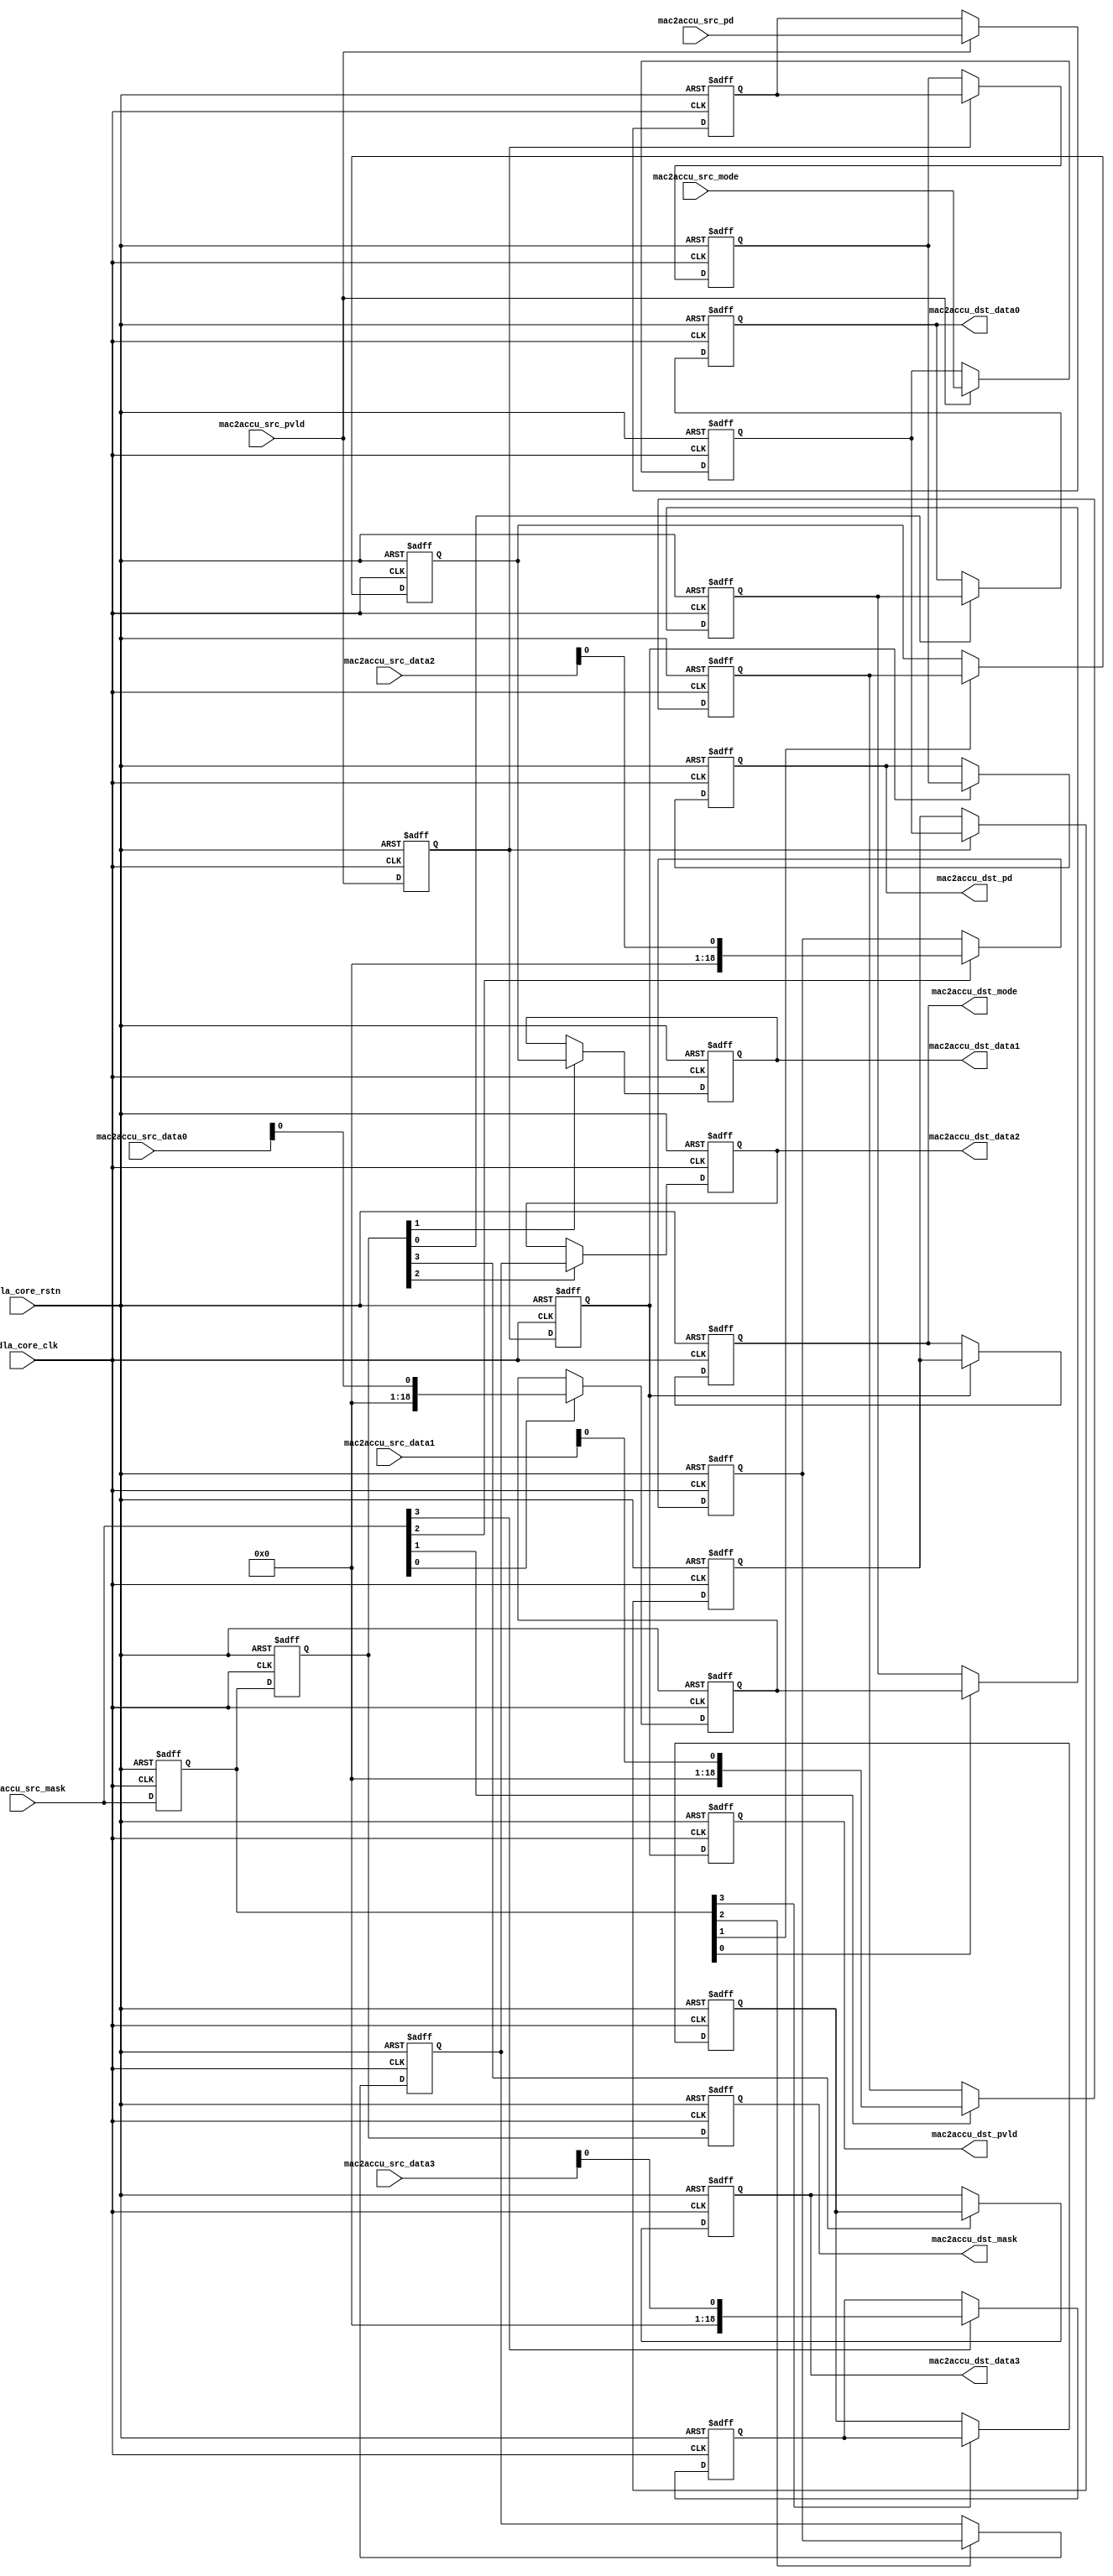
// ================================================================
// NVDLA Open Source Project
//
// Copyright(c) 2016 - 2017 NVIDIA Corporation. Licensed under the
// NVDLA Open Hardware License; Check "LICENSE" which comes with
// this distribution for more information.
// ================================================================
// ================================================================
// NVDLA Open Source Project
// 
// Copyright(c) 2016 - 2017 NVIDIA Corporation.  Licensed under the
// NVDLA Open Hardware License; Check "LICENSE" which comes with 
// this distribution for more information.
// ================================================================
`define DESIGNWARE_NOEXIST 1
module NV_NVDLA_RT_cmac_b2cacc (
   nvdla_core_clk
  ,nvdla_core_rstn
  ,mac2accu_src_pvld
  ,mac2accu_src_mask
  ,mac2accu_src_mode
//: for(my $i=0; $i<8/2; $i++){
//: print qq(
//: ,mac2accu_src_data${i} )
//: }
//| eperl: generated_beg (DO NOT EDIT BELOW)

,mac2accu_src_data0 
,mac2accu_src_data1 
,mac2accu_src_data2 
,mac2accu_src_data3 
//| eperl: generated_end (DO NOT EDIT ABOVE)
  ,mac2accu_src_pd
  ,mac2accu_dst_pvld
  ,mac2accu_dst_mask
  ,mac2accu_dst_mode
//: for(my $i=0; $i<8/2; $i++){
//: print qq(
//: ,mac2accu_dst_data${i} )
//: }
//| eperl: generated_beg (DO NOT EDIT BELOW)

,mac2accu_dst_data0 
,mac2accu_dst_data1 
,mac2accu_dst_data2 
,mac2accu_dst_data3 
//| eperl: generated_end (DO NOT EDIT ABOVE)
  ,mac2accu_dst_pd
  );
input nvdla_core_clk;
input nvdla_core_rstn;
input mac2accu_src_pvld; /* data valid */
input [8/2 -1:0] mac2accu_src_mask;
input mac2accu_src_mode;
//: for(my $i=0; $i<8/2; $i++){
//: print qq(
//: input [19 -1:0] mac2accu_src_data${i}; )
//: }
//| eperl: generated_beg (DO NOT EDIT BELOW)

input [19 -1:0] mac2accu_src_data0; 
input [19 -1:0] mac2accu_src_data1; 
input [19 -1:0] mac2accu_src_data2; 
input [19 -1:0] mac2accu_src_data3; 
//| eperl: generated_end (DO NOT EDIT ABOVE)
input [8:0] mac2accu_src_pd;
output mac2accu_dst_pvld; /* data valid */
output [8/2 -1:0] mac2accu_dst_mask;
output mac2accu_dst_mode;
//: for(my $i=0; $i<8/2; $i++){
//: print qq(
//: output [19 -1:0] mac2accu_dst_data${i}; )
//: }
//| eperl: generated_beg (DO NOT EDIT BELOW)

output [19 -1:0] mac2accu_dst_data0; 
output [19 -1:0] mac2accu_dst_data1; 
output [19 -1:0] mac2accu_dst_data2; 
output [19 -1:0] mac2accu_dst_data3; 
//| eperl: generated_end (DO NOT EDIT ABOVE)
output [8:0] mac2accu_dst_pd;
wire mac2accu_pvld_d0 = mac2accu_src_pvld;
wire [8:0] mac2accu_pd_d0 = mac2accu_src_pd;
wire [8/2 -1:0] mac2accu_mask_d0 = mac2accu_src_mask;
wire mac2accu_mode_d0 = mac2accu_src_mode;
//: my $delay = 3;
//: my $i;
//: my $j;
//: my $k;
//: my $kk=8/2;
//: my $jj=19;
//: for($k = 0; $k <8/2; $k ++) {
//: print "assign mac2accu_data${k}_d0 = mac2accu_src_data${k};\n";
//: }
//:
//: for($i = 0; $i < $delay; $i ++) {
//: $j = $i + 1;
//: &eperl::flop("-q mac2accu_pvld_d${j} -d mac2accu_pvld_d${i}");
//: &eperl::flop("-wid 9 -q mac2accu_pd_d${j} -en mac2accu_pvld_d${i} -d  mac2accu_pd_d${i}");
//: &eperl::flop("-q mac2accu_mode_d${j} -en mac2accu_pvld_d${i} -d  mac2accu_mode_d${i}");
//: &eperl::flop("-wid ${kk} -q mac2accu_mask_d${j} -d mac2accu_mask_d${i}");
//: for($k = 0; $k < 8/2; $k ++) {
//: &eperl::flop("-wid ${jj} -q mac2accu_data${k}_d${j} -en mac2accu_mask_d${i}[${k}] -d  mac2accu_data${k}_d${i}");
//: }
//: }
//:
//: $i = $delay;
//: print "assign mac2accu_dst_pvld = mac2accu_pvld_d${i};\n";
//: print "assign mac2accu_dst_pd = mac2accu_pd_d${i};\n";
//: print "assign mac2accu_dst_mask = mac2accu_mask_d${i};\n";
//: print "assign mac2accu_dst_mode = mac2accu_mode_d${i};\n";
//: for($k = 0; $k <8/2; $k ++) {
//: print "assign mac2accu_dst_data${k} = mac2accu_data${k}_d${i};\n";
//: }
//| eperl: generated_beg (DO NOT EDIT BELOW)
assign mac2accu_data0_d0 = mac2accu_src_data0;
assign mac2accu_data1_d0 = mac2accu_src_data1;
assign mac2accu_data2_d0 = mac2accu_src_data2;
assign mac2accu_data3_d0 = mac2accu_src_data3;
reg  mac2accu_pvld_d1;
always @(posedge nvdla_core_clk or negedge nvdla_core_rstn) begin
   if (!nvdla_core_rstn) begin
       mac2accu_pvld_d1 <= 'b0;
   end else begin
       mac2accu_pvld_d1 <= mac2accu_pvld_d0;
   end
end
reg [8:0] mac2accu_pd_d1;
always @(posedge nvdla_core_clk or negedge nvdla_core_rstn) begin
   if (!nvdla_core_rstn) begin
       mac2accu_pd_d1 <= 'b0;
   end else begin
       if ((mac2accu_pvld_d0) == 1'b1) begin
           mac2accu_pd_d1 <= mac2accu_pd_d0;
       // VCS coverage off
       end else if ((mac2accu_pvld_d0) == 1'b0) begin
       end else begin
           mac2accu_pd_d1 <= 'bx;
       // VCS coverage on
       end
   end
end
reg  mac2accu_mode_d1;
always @(posedge nvdla_core_clk or negedge nvdla_core_rstn) begin
   if (!nvdla_core_rstn) begin
       mac2accu_mode_d1 <= 'b0;
   end else begin
       if ((mac2accu_pvld_d0) == 1'b1) begin
           mac2accu_mode_d1 <= mac2accu_mode_d0;
       // VCS coverage off
       end else if ((mac2accu_pvld_d0) == 1'b0) begin
       end else begin
           mac2accu_mode_d1 <= 'bx;
       // VCS coverage on
       end
   end
end
reg [3:0] mac2accu_mask_d1;
always @(posedge nvdla_core_clk or negedge nvdla_core_rstn) begin
   if (!nvdla_core_rstn) begin
       mac2accu_mask_d1 <= 'b0;
   end else begin
       mac2accu_mask_d1 <= mac2accu_mask_d0;
   end
end
reg [18:0] mac2accu_data0_d1;
always @(posedge nvdla_core_clk or negedge nvdla_core_rstn) begin
   if (!nvdla_core_rstn) begin
       mac2accu_data0_d1 <= 'b0;
   end else begin
       if ((mac2accu_mask_d0[0]) == 1'b1) begin
           mac2accu_data0_d1 <= mac2accu_data0_d0;
       // VCS coverage off
       end else if ((mac2accu_mask_d0[0]) == 1'b0) begin
       end else begin
           mac2accu_data0_d1 <= 'bx;
       // VCS coverage on
       end
   end
end
reg [18:0] mac2accu_data1_d1;
always @(posedge nvdla_core_clk or negedge nvdla_core_rstn) begin
   if (!nvdla_core_rstn) begin
       mac2accu_data1_d1 <= 'b0;
   end else begin
       if ((mac2accu_mask_d0[1]) == 1'b1) begin
           mac2accu_data1_d1 <= mac2accu_data1_d0;
       // VCS coverage off
       end else if ((mac2accu_mask_d0[1]) == 1'b0) begin
       end else begin
           mac2accu_data1_d1 <= 'bx;
       // VCS coverage on
       end
   end
end
reg [18:0] mac2accu_data2_d1;
always @(posedge nvdla_core_clk or negedge nvdla_core_rstn) begin
   if (!nvdla_core_rstn) begin
       mac2accu_data2_d1 <= 'b0;
   end else begin
       if ((mac2accu_mask_d0[2]) == 1'b1) begin
           mac2accu_data2_d1 <= mac2accu_data2_d0;
       // VCS coverage off
       end else if ((mac2accu_mask_d0[2]) == 1'b0) begin
       end else begin
           mac2accu_data2_d1 <= 'bx;
       // VCS coverage on
       end
   end
end
reg [18:0] mac2accu_data3_d1;
always @(posedge nvdla_core_clk or negedge nvdla_core_rstn) begin
   if (!nvdla_core_rstn) begin
       mac2accu_data3_d1 <= 'b0;
   end else begin
       if ((mac2accu_mask_d0[3]) == 1'b1) begin
           mac2accu_data3_d1 <= mac2accu_data3_d0;
       // VCS coverage off
       end else if ((mac2accu_mask_d0[3]) == 1'b0) begin
       end else begin
           mac2accu_data3_d1 <= 'bx;
       // VCS coverage on
       end
   end
end
reg  mac2accu_pvld_d2;
always @(posedge nvdla_core_clk or negedge nvdla_core_rstn) begin
   if (!nvdla_core_rstn) begin
       mac2accu_pvld_d2 <= 'b0;
   end else begin
       mac2accu_pvld_d2 <= mac2accu_pvld_d1;
   end
end
reg [8:0] mac2accu_pd_d2;
always @(posedge nvdla_core_clk or negedge nvdla_core_rstn) begin
   if (!nvdla_core_rstn) begin
       mac2accu_pd_d2 <= 'b0;
   end else begin
       if ((mac2accu_pvld_d1) == 1'b1) begin
           mac2accu_pd_d2 <= mac2accu_pd_d1;
       // VCS coverage off
       end else if ((mac2accu_pvld_d1) == 1'b0) begin
       end else begin
           mac2accu_pd_d2 <= 'bx;
       // VCS coverage on
       end
   end
end
reg  mac2accu_mode_d2;
always @(posedge nvdla_core_clk or negedge nvdla_core_rstn) begin
   if (!nvdla_core_rstn) begin
       mac2accu_mode_d2 <= 'b0;
   end else begin
       if ((mac2accu_pvld_d1) == 1'b1) begin
           mac2accu_mode_d2 <= mac2accu_mode_d1;
       // VCS coverage off
       end else if ((mac2accu_pvld_d1) == 1'b0) begin
       end else begin
           mac2accu_mode_d2 <= 'bx;
       // VCS coverage on
       end
   end
end
reg [3:0] mac2accu_mask_d2;
always @(posedge nvdla_core_clk or negedge nvdla_core_rstn) begin
   if (!nvdla_core_rstn) begin
       mac2accu_mask_d2 <= 'b0;
   end else begin
       mac2accu_mask_d2 <= mac2accu_mask_d1;
   end
end
reg [18:0] mac2accu_data0_d2;
always @(posedge nvdla_core_clk or negedge nvdla_core_rstn) begin
   if (!nvdla_core_rstn) begin
       mac2accu_data0_d2 <= 'b0;
   end else begin
       if ((mac2accu_mask_d1[0]) == 1'b1) begin
           mac2accu_data0_d2 <= mac2accu_data0_d1;
       // VCS coverage off
       end else if ((mac2accu_mask_d1[0]) == 1'b0) begin
       end else begin
           mac2accu_data0_d2 <= 'bx;
       // VCS coverage on
       end
   end
end
reg [18:0] mac2accu_data1_d2;
always @(posedge nvdla_core_clk or negedge nvdla_core_rstn) begin
   if (!nvdla_core_rstn) begin
       mac2accu_data1_d2 <= 'b0;
   end else begin
       if ((mac2accu_mask_d1[1]) == 1'b1) begin
           mac2accu_data1_d2 <= mac2accu_data1_d1;
       // VCS coverage off
       end else if ((mac2accu_mask_d1[1]) == 1'b0) begin
       end else begin
           mac2accu_data1_d2 <= 'bx;
       // VCS coverage on
       end
   end
end
reg [18:0] mac2accu_data2_d2;
always @(posedge nvdla_core_clk or negedge nvdla_core_rstn) begin
   if (!nvdla_core_rstn) begin
       mac2accu_data2_d2 <= 'b0;
   end else begin
       if ((mac2accu_mask_d1[2]) == 1'b1) begin
           mac2accu_data2_d2 <= mac2accu_data2_d1;
       // VCS coverage off
       end else if ((mac2accu_mask_d1[2]) == 1'b0) begin
       end else begin
           mac2accu_data2_d2 <= 'bx;
       // VCS coverage on
       end
   end
end
reg [18:0] mac2accu_data3_d2;
always @(posedge nvdla_core_clk or negedge nvdla_core_rstn) begin
   if (!nvdla_core_rstn) begin
       mac2accu_data3_d2 <= 'b0;
   end else begin
       if ((mac2accu_mask_d1[3]) == 1'b1) begin
           mac2accu_data3_d2 <= mac2accu_data3_d1;
       // VCS coverage off
       end else if ((mac2accu_mask_d1[3]) == 1'b0) begin
       end else begin
           mac2accu_data3_d2 <= 'bx;
       // VCS coverage on
       end
   end
end
reg  mac2accu_pvld_d3;
always @(posedge nvdla_core_clk or negedge nvdla_core_rstn) begin
   if (!nvdla_core_rstn) begin
       mac2accu_pvld_d3 <= 'b0;
   end else begin
       mac2accu_pvld_d3 <= mac2accu_pvld_d2;
   end
end
reg [8:0] mac2accu_pd_d3;
always @(posedge nvdla_core_clk or negedge nvdla_core_rstn) begin
   if (!nvdla_core_rstn) begin
       mac2accu_pd_d3 <= 'b0;
   end else begin
       if ((mac2accu_pvld_d2) == 1'b1) begin
           mac2accu_pd_d3 <= mac2accu_pd_d2;
       // VCS coverage off
       end else if ((mac2accu_pvld_d2) == 1'b0) begin
       end else begin
           mac2accu_pd_d3 <= 'bx;
       // VCS coverage on
       end
   end
end
reg  mac2accu_mode_d3;
always @(posedge nvdla_core_clk or negedge nvdla_core_rstn) begin
   if (!nvdla_core_rstn) begin
       mac2accu_mode_d3 <= 'b0;
   end else begin
       if ((mac2accu_pvld_d2) == 1'b1) begin
           mac2accu_mode_d3 <= mac2accu_mode_d2;
       // VCS coverage off
       end else if ((mac2accu_pvld_d2) == 1'b0) begin
       end else begin
           mac2accu_mode_d3 <= 'bx;
       // VCS coverage on
       end
   end
end
reg [3:0] mac2accu_mask_d3;
always @(posedge nvdla_core_clk or negedge nvdla_core_rstn) begin
   if (!nvdla_core_rstn) begin
       mac2accu_mask_d3 <= 'b0;
   end else begin
       mac2accu_mask_d3 <= mac2accu_mask_d2;
   end
end
reg [18:0] mac2accu_data0_d3;
always @(posedge nvdla_core_clk or negedge nvdla_core_rstn) begin
   if (!nvdla_core_rstn) begin
       mac2accu_data0_d3 <= 'b0;
   end else begin
       if ((mac2accu_mask_d2[0]) == 1'b1) begin
           mac2accu_data0_d3 <= mac2accu_data0_d2;
       // VCS coverage off
       end else if ((mac2accu_mask_d2[0]) == 1'b0) begin
       end else begin
           mac2accu_data0_d3 <= 'bx;
       // VCS coverage on
       end
   end
end
reg [18:0] mac2accu_data1_d3;
always @(posedge nvdla_core_clk or negedge nvdla_core_rstn) begin
   if (!nvdla_core_rstn) begin
       mac2accu_data1_d3 <= 'b0;
   end else begin
       if ((mac2accu_mask_d2[1]) == 1'b1) begin
           mac2accu_data1_d3 <= mac2accu_data1_d2;
       // VCS coverage off
       end else if ((mac2accu_mask_d2[1]) == 1'b0) begin
       end else begin
           mac2accu_data1_d3 <= 'bx;
       // VCS coverage on
       end
   end
end
reg [18:0] mac2accu_data2_d3;
always @(posedge nvdla_core_clk or negedge nvdla_core_rstn) begin
   if (!nvdla_core_rstn) begin
       mac2accu_data2_d3 <= 'b0;
   end else begin
       if ((mac2accu_mask_d2[2]) == 1'b1) begin
           mac2accu_data2_d3 <= mac2accu_data2_d2;
       // VCS coverage off
       end else if ((mac2accu_mask_d2[2]) == 1'b0) begin
       end else begin
           mac2accu_data2_d3 <= 'bx;
       // VCS coverage on
       end
   end
end
reg [18:0] mac2accu_data3_d3;
always @(posedge nvdla_core_clk or negedge nvdla_core_rstn) begin
   if (!nvdla_core_rstn) begin
       mac2accu_data3_d3 <= 'b0;
   end else begin
       if ((mac2accu_mask_d2[3]) == 1'b1) begin
           mac2accu_data3_d3 <= mac2accu_data3_d2;
       // VCS coverage off
       end else if ((mac2accu_mask_d2[3]) == 1'b0) begin
       end else begin
           mac2accu_data3_d3 <= 'bx;
       // VCS coverage on
       end
   end
end
assign mac2accu_dst_pvld = mac2accu_pvld_d3;
assign mac2accu_dst_pd = mac2accu_pd_d3;
assign mac2accu_dst_mask = mac2accu_mask_d3;
assign mac2accu_dst_mode = mac2accu_mode_d3;
assign mac2accu_dst_data0 = mac2accu_data0_d3;
assign mac2accu_dst_data1 = mac2accu_data1_d3;
assign mac2accu_dst_data2 = mac2accu_data2_d3;
assign mac2accu_dst_data3 = mac2accu_data3_d3;

//| eperl: generated_end (DO NOT EDIT ABOVE)
endmodule